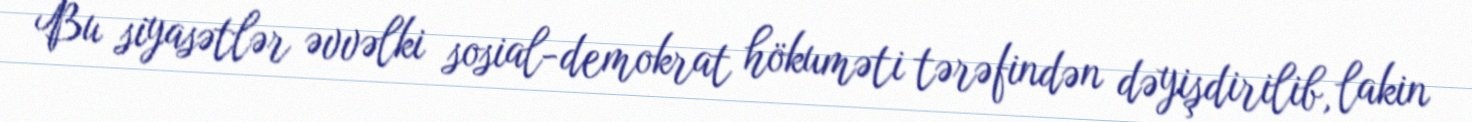
Bu siyasətlər əvvəlki sosial-demokrat hökuməti tərəfindən dəyişdirilib, lakin